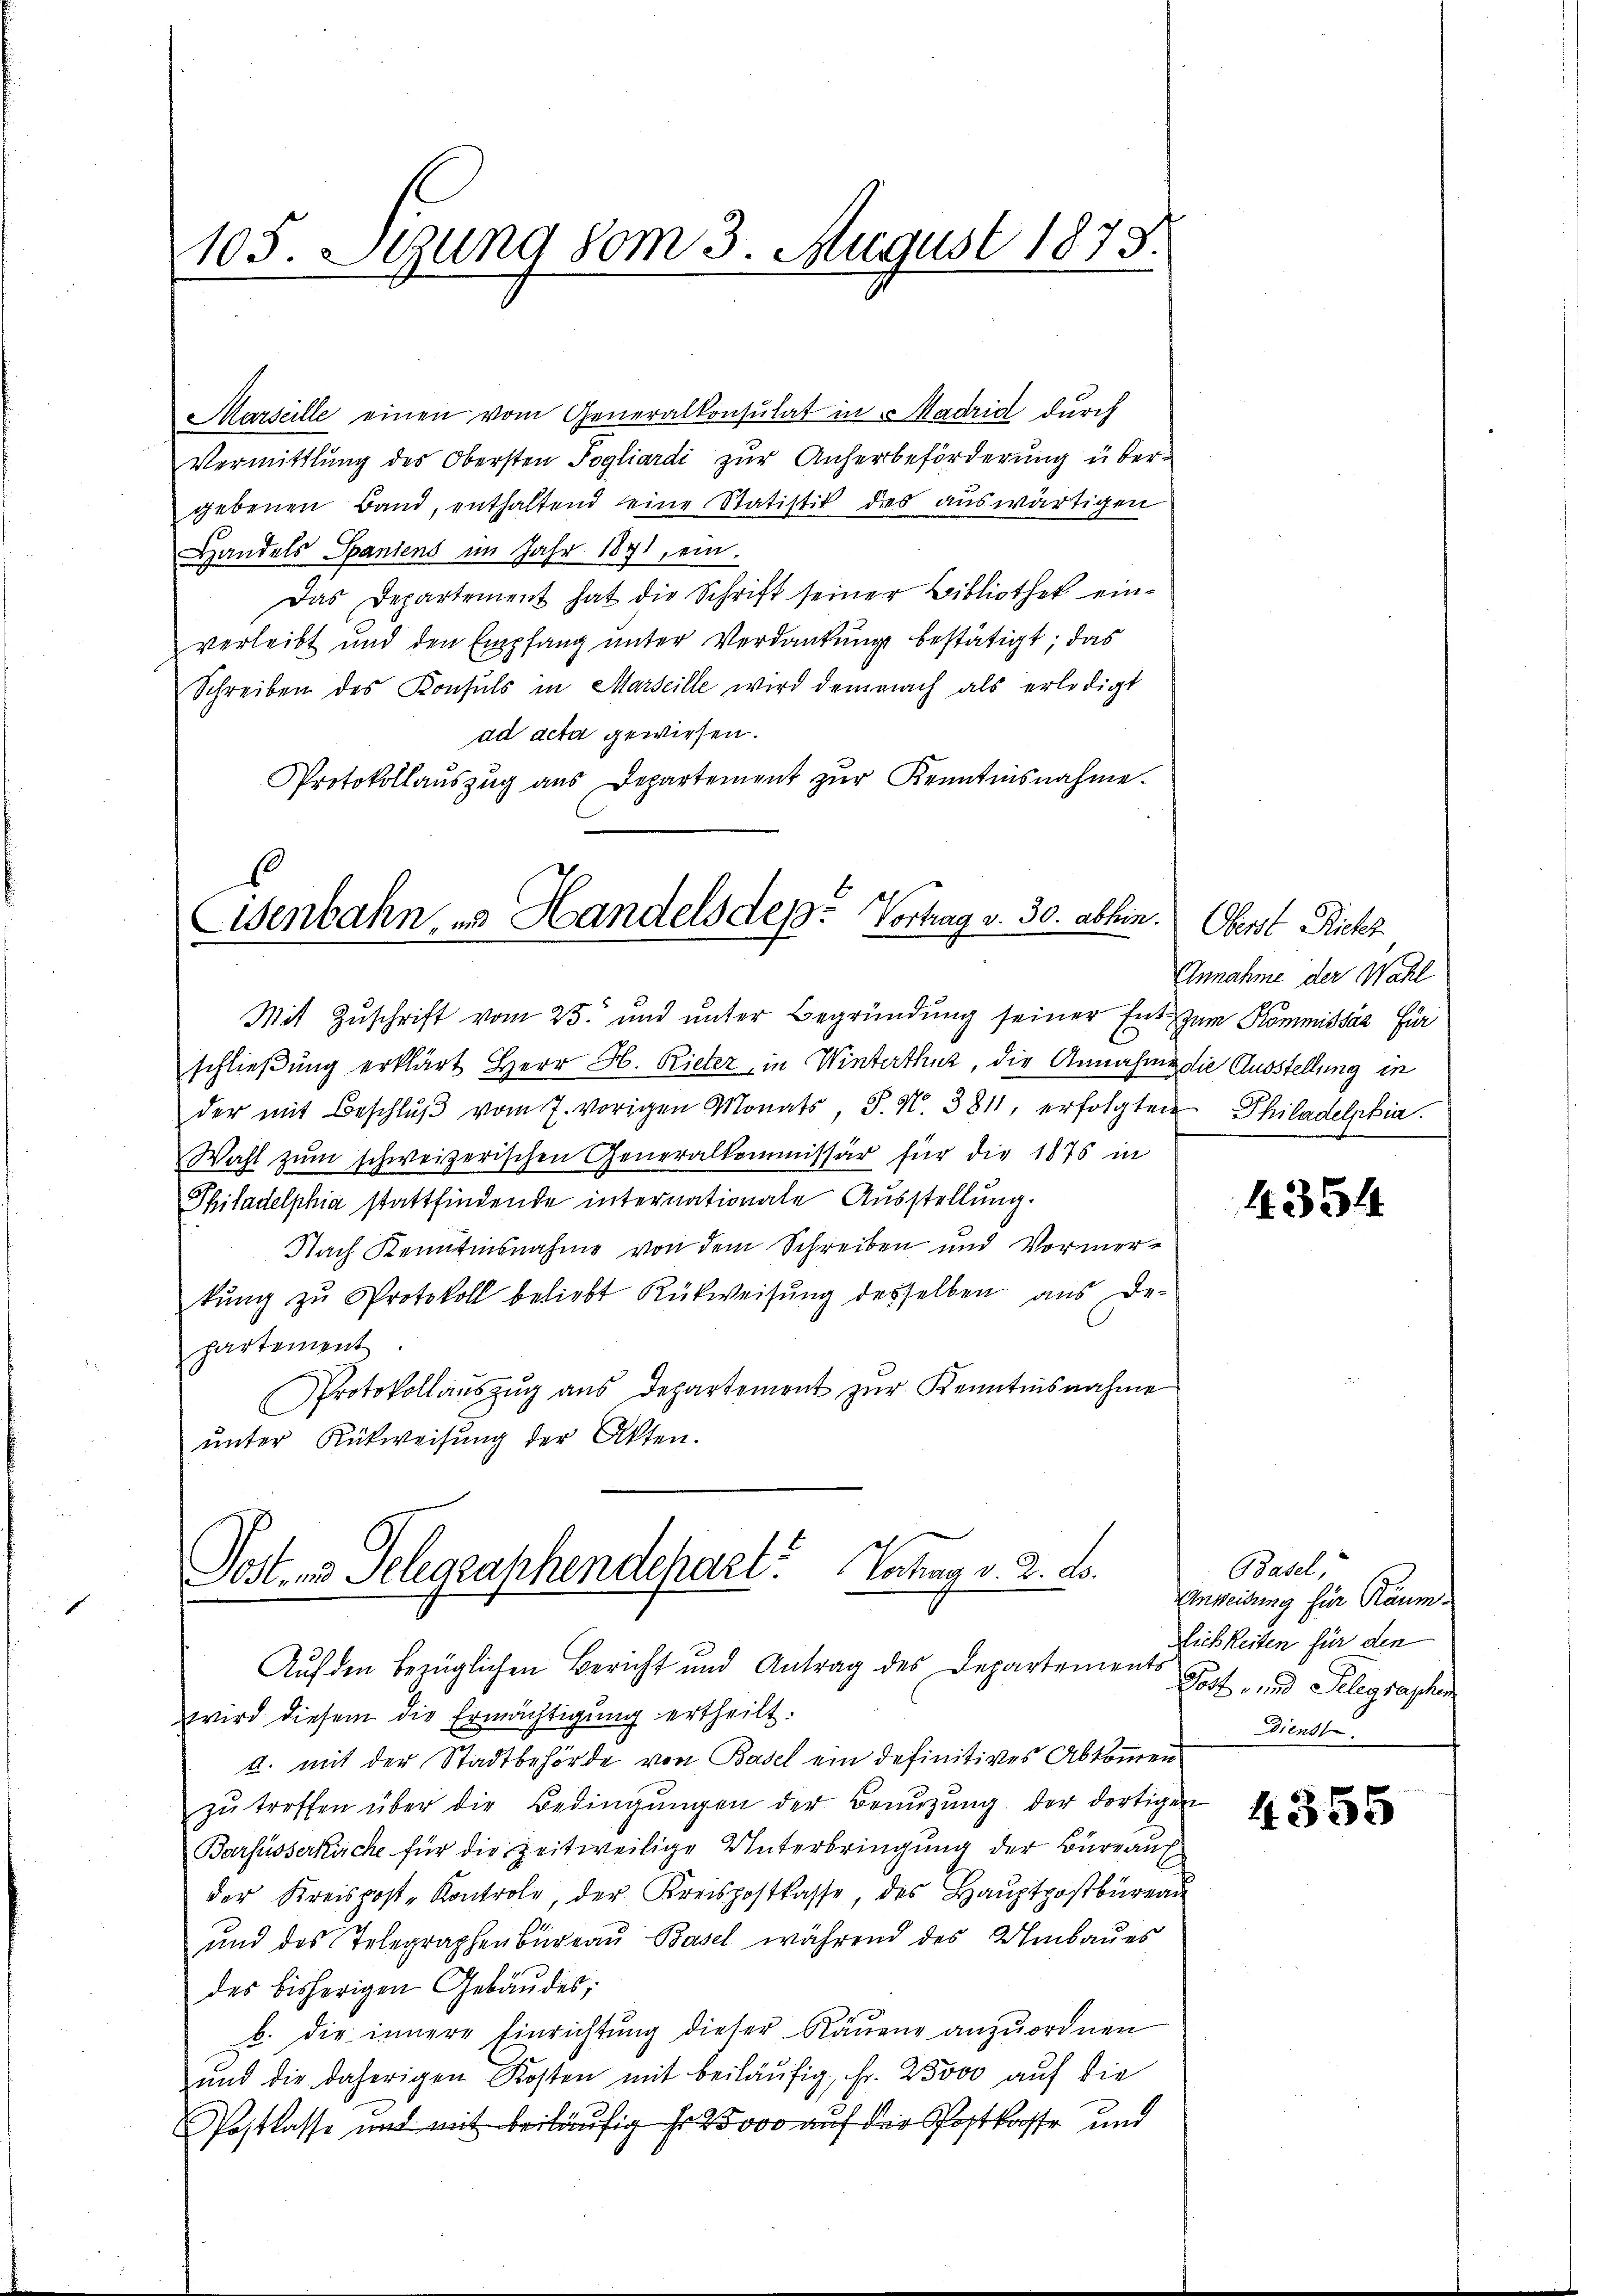
Marseille einen vom Generalkonsulat in Madrid durch
Vermittlung des Obersten Pogliardi zur Anherbeförderung übergebenen Band, enthaltend eine Statistik dies auswärtigen
Handels Spaniens im Jahr 1871, ein.
Das Departement hat die Schrift seiner Bibliothek einverleibt und den Empfang unter Verdankung bestätigt; das
Schreiben des Konsuls in Marseille wird demnach als erledigt
ad acta gewiesen.
Protokollaŭszŭg ans Departement zŭr Kenntnisnahme.

105. Setzung vom 3. August 1873.

.
Eisenbahn, u. Handels des Vortrag v. 30. abhin.

Mit Zuschrift vom 25. und unter Begründung seiner Ent- zum Kommissär für
schließung erklärt Herr H. Rieter, in Winterthur, die Annahme die Ausstellung in
der mit Beschlŭβ vom 7. vorigen Monats, S. N. 3811, erfolgten Philadelphia
Wahl zŭm schweizerischen Generalkommissär für die 1876 in
Philadelphia stattfindende internationale Ausstellung.
Nach Kenntnisnahme von dem Schreiben und Vormerkŭng zŭ Protokoll beliebt Rückweisung desselben aus De-
partement
Protokollaŭszŭg aŭs Departement zŭr Kenntnisnahme
ŭnter Rückweisŭng der Akten.

Post- u. Telegraphendepart. Vortrag v. 2. ds.

Auf den bezüglichen Bericht und Antrag des Departements Post- und Telegraphen
wird diesem die Ermächtigung ertheilt.
a. mit der Stadtbehörde von Basel ein definitives Abkommen
zŭ treffen über die Bedingŭngen der Benŭtzŭng der dortigen
Barfusserküche für die zeitweilige Unterbringung der Bureauf
der Kreispost-Kontrole, der Kreispostkasse, des Haŭptpostbüreau
ŭnd des Telegraphenbüreaŭ Basel während des Umbaŭes
des bisherigen Gebäudes;
b. die innere Einrichtŭng dieser Räŭene anzŭordnen
und die daherigen Kosten mit beiläufig, Fr. 25000 auf die
Postlasse und mit beiläufig fr. 25000 auf der Postkaste und

Oberst Richt
Annahme der Wahl

4354

Basel,
Anweisung für Raum
Lichkeiten für den
diens

4355